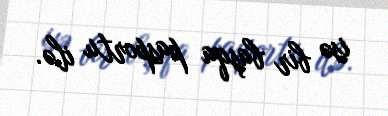
isə bir başqa pasportu ilə.